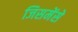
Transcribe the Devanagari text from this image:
जिसमेंसे